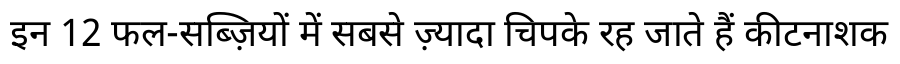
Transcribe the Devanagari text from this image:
इन 12 फल-सब्ज़ियों में सबसे ज़्यादा चिपके रह जाते हैं कीटनाशक